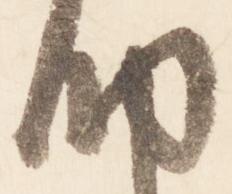
納